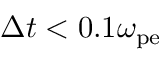
\Delta t < 0 . 1 \omega _ { \mathrm { p e } }